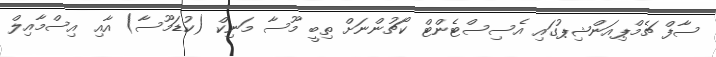
ސާފް ޗެމްޕިއަންޝިޕުގައި އެސިސްޓެންޓް ކޯޗުންނަށް ތިބީ މޫސާ މަނިކް (ކުޑަމޫސާ) އާއި އިސްމާއިލް